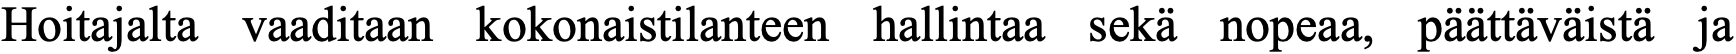
Hoitajalta vaaditaan kokonaistilanteen hallintaa sekä nopeaa, päättäväistä ja